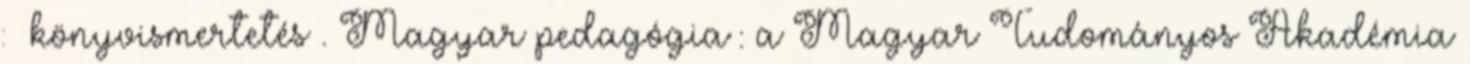
: könyvismertetés . Magyar pedagógia : a Magyar Tudományos Akadémia